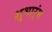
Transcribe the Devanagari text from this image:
शुभार्ंभ